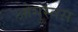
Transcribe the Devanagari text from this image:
ओगुस्तस